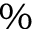
\%